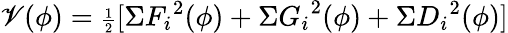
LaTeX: \mathscr{V}(\phi)={\scriptstyle{\frac{{1}}{{2}}}}[\Sigma{F_{i}}^{2}(\phi)+\Sigma{G_{i}}^{2}(\phi)+\Sigma{D_{i}}^{2}(\phi)]